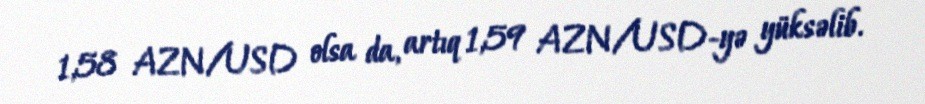
1,58 AZN/USD olsa da, artıq 1,59 AZN/USD-yə yüksəlib.